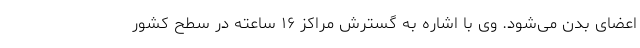
اعضای بدن می‌شود. وی با اشاره به گسترش مراکز ۱۶ ساعته در سطح کشور